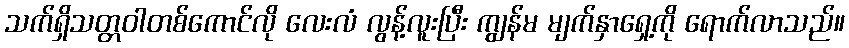
သက်ရှိသတ္တဝါတစ်ကောင်လို လေးလံ လွန့်လူးပြီး ကျွန်မ မျက်နှာရှေ့ကို ရောက်လာသည်။